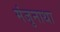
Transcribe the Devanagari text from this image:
मंजुनाथा